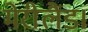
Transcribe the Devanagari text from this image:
मेरीलैंड।